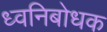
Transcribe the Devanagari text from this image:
ध्वनिबोधक